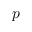
p